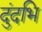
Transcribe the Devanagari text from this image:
दुंदभि